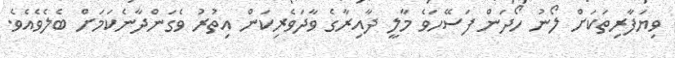
ވިޔަފާރިތަކަށް ލޯނު ހޯދަން ފަސޭހަވެ މާލީ ދާއިރާގެ ވާދަވެރިކަން އިތުރު ވެގަންދާނެކަމަށް ބެލެވެއެވެ.